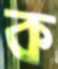
ক